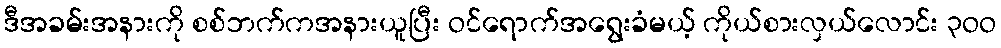
ဒီအခမ်းအနားကို စစ်ဘက်ကအနားယူပြီး ဝင်ရောက်အရွေးခံမယ့် ကိုယ်စားလှယ်လောင်း ၃ဝဝ